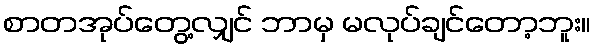
စာတအုပ်တွေ့လျှင် ဘာမှ မလုပ်ချင်တော့ဘူး။